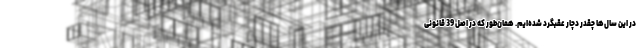
در این سال‌ها چقدر دچار عقبگرد شده‌ایم. همان‌طور که در اصل 39 قانونی